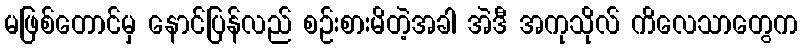
မဖြစ်တောင်မှ နောင်ပြန်လည် စဉ်းစားမိတဲ့အခါ အဲဒီ အကုသိုလ် ကိလေသာတွေက